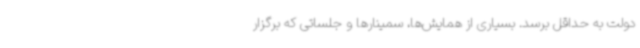
دولت به حداقل برسد. بسیاری از همایش‌ها، سمینارها و جلساتی که برگزار